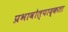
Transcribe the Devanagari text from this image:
प्रभावोत्पाद्कता